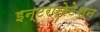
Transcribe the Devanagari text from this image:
इन्टरप्रेटेशन